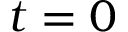
t = 0